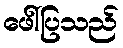
ဖေါ်ပြသည်